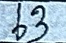
63